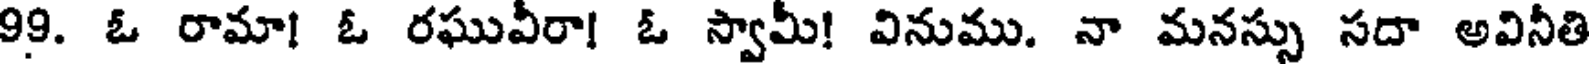
99. ఓ రామా! ఓ రఘువీరా! ఓ స్వామీ! వినుము. నా మనస్సు సదా అవినీతి